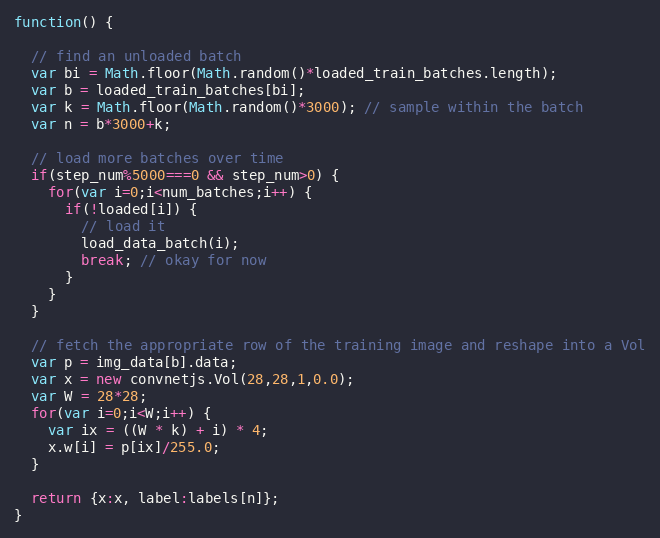
Language: JavaScript
function() {

  // find an unloaded batch
  var bi = Math.floor(Math.random()*loaded_train_batches.length);
  var b = loaded_train_batches[bi];
  var k = Math.floor(Math.random()*3000); // sample within the batch
  var n = b*3000+k;

  // load more batches over time
  if(step_num%5000===0 && step_num>0) {
    for(var i=0;i<num_batches;i++) {
      if(!loaded[i]) {
        // load it
        load_data_batch(i);
        break; // okay for now
      }
    }
  }

  // fetch the appropriate row of the training image and reshape into a Vol
  var p = img_data[b].data;
  var x = new convnetjs.Vol(28,28,1,0.0);
  var W = 28*28;
  for(var i=0;i<W;i++) {
    var ix = ((W * k) + i) * 4;
    x.w[i] = p[ix]/255.0;
  }

  return {x:x, label:labels[n]};
}